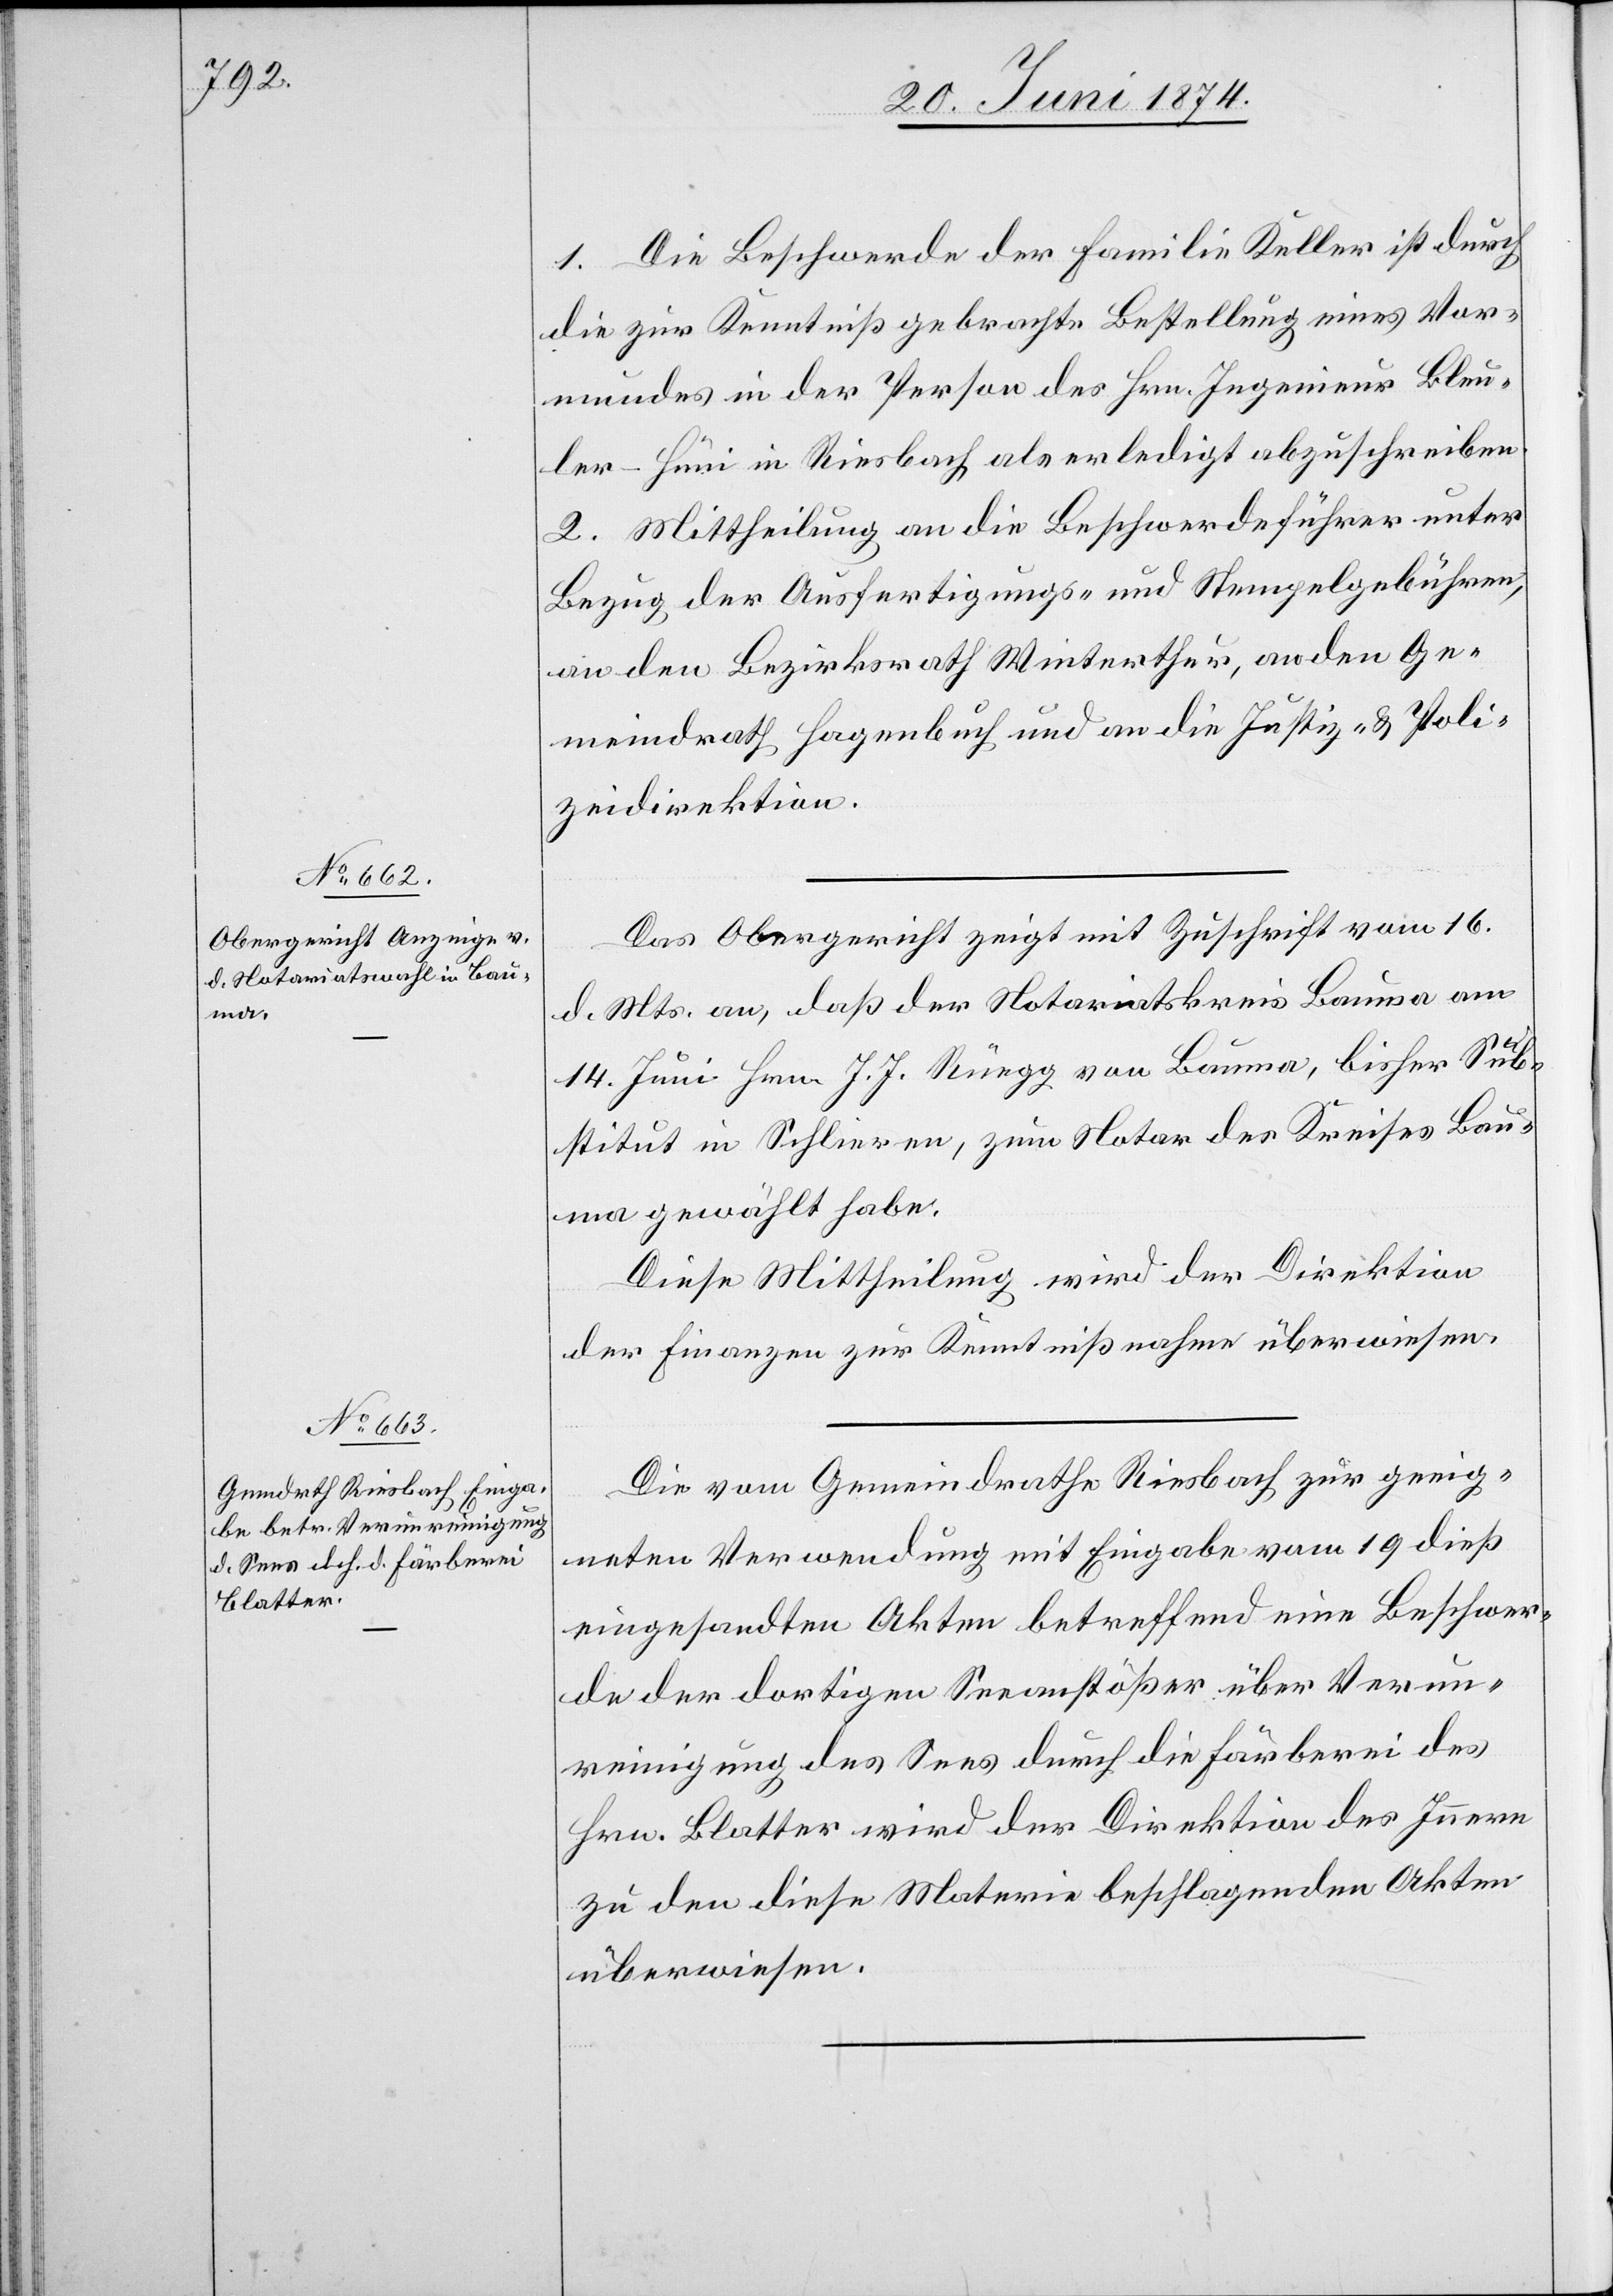
1. Die Beschwerde der Familie Keller ist durch
die zur Kenntniß gebrachte Bestellung eines Vor¬
mundes in der Person des Hrn. Ingenieur Bleu¬
ler-Hüni in Riesbach als erledigt abzuschreiben.
2. Mittheilung an die Beschwerdeführer unter
Bezug der Ausfertigungs- und Stempelgebühren,
an den Bezirksrath Winterthur, an den Ge¬
meindrath Hagenbuch und an die Justiz- u. Poli¬
zeidirektion.
Das Obergericht zeigt mit Zuschrift vom 16.
d. Mts. an, daß der Notariatskreis Bauma am
14. Juni Hrn. J. J. Rüegg von Bauma, bisher Sub¬
stitut in Schlieren, zum Notar des Kreises Bau¬
ma gewählt habe.
Diese Mittheilung wird der Direktion
der Finanzen zur Kenntnißnahme überwiesen.
Die vom Gemeindrathe Riesbach zur geeig¬
neten Verwendung mit Eingabe vom 19. dieß
eingesandten Akten betreffend eine Beschwer¬
de der dortigen Seeanstößer über Verun¬
reinigung des Sees durch die Färberei des
Hrn. Blatter wird der Direktion des Innern
zu den diese Materie beschlagenden Akten
überwiesen.